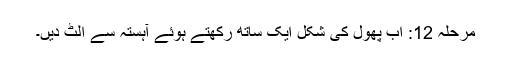
مرحلہ 12: اب پھول کی شکل ایک ساتھ رکھتے ہوئے آہستہ سے الٹ دیں۔